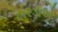
ખરડાએ